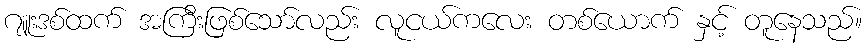
ဂျူးဒစ်ထက် အကြီးဖြစ်သော်လည်း လူငယ်ကလေး တစ်ယောက် နှင့် တူနေသည်။